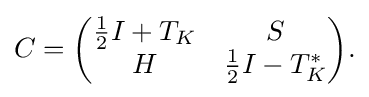
\displaystyle {C={\begin{pmatrix}{1 \over 2}I+T_{K}&S\\H&{1 \over 2}I-T_{K}^{*}\end{pmatrix}}.}